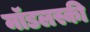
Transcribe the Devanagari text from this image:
मॉडलस्की